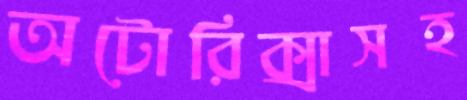
অটোরিক্সাসহ